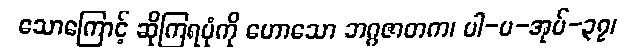
သောကြောင့် ဆိုကြရပုံကို ဟောသော ဘဂ္ဂဇာတက၊ ပါ-ပ-အုပ်-၃၇၊